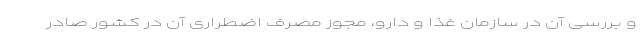
و بررسی آن در سازمان غذا و دارو، مجوز مصرف اضطراری آن در کشور صادر